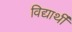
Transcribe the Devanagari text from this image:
विद्यार्थीं